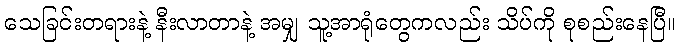
သေခြင်းတရားနဲ့ နီးလာတာနဲ့ အမျှ သူ့အာရုံတွေကလည်း သိပ်ကို စုစည်းနေပြီ။